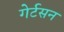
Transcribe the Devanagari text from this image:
गेर्टसन